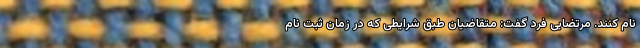
نام کنند. مرتضایی فرد گفت: متقاضیان طبق شرایطی که در زمان ثبت نام